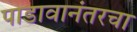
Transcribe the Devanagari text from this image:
पाडावानंतरचा